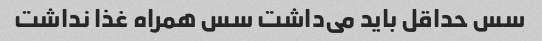
سس حداقل باید می‌داشت سس همراه غذا نداشت